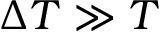
\Delta T \gg T